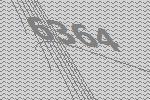
6364